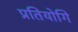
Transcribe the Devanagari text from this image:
प्रतियोगि